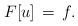
LaTeX: \begin{align*}F[u]\, =\, f.\end{align*}